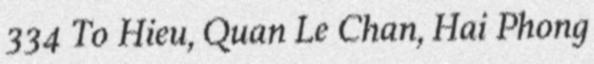
334 To Hieu, Quan Le Chan, Hai Phong